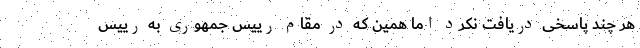
هر چند پاسخی دریافت نکرد اما همین که در مقام رییس جمهوری به رییس